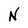
Character: N